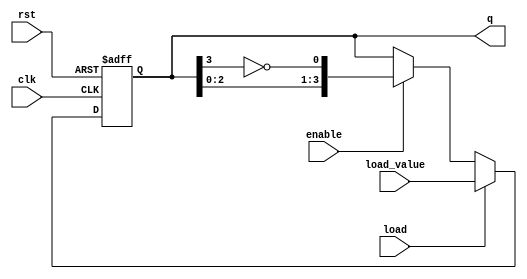
module JohnsonCounter (
    input wire clk,         // Clock input
    input wire rst,         // Asynchronous reset
    input wire enable,      // Enable signal
    input wire [N-1:0] load_value, // Load value (for loading a specific state)
    input wire load,        // Load signal
    output reg [N-1:0] q    // Output of the counter
);
    parameter N = 4; // Number of flip-flops (can be modified)

    always @(posedge clk or posedge rst) begin
        if (rst) begin
            // Asynchronously reset all flip-flops to 0
            q <= 0;
        end else if (load) begin
            // Load the specified value into the counter
            q <= load_value;
        end else if (enable) begin
            // Synchronous Johnson counter operation
            // Shift the existing value and feed back the inverted last flip-flop output
            q <= {q[N-2:0], ~q[N-1]};
        end
    end
endmodule